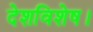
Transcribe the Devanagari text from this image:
देशविशेष।